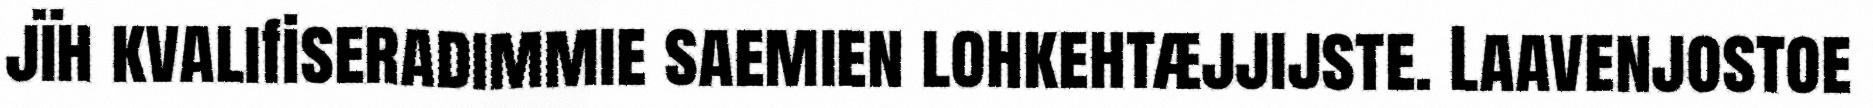
jïh kvalifiseradimmie saemien lohkehtæjjijste. Laavenjostoe